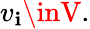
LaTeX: v_{\mathbf{i}}\inV.